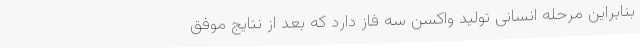
بنابراین مرحله انسانی تولید واکسن سه فاز دارد که بعد از نتایج موفق